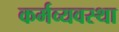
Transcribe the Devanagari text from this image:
कर्मव्यवस्था